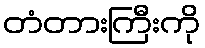
တံတားကြီးကို